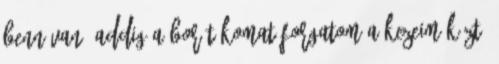
benn van, addig a borítékomat forgatom a kezeim közt,